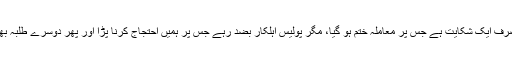
ہمیں بتایا گیا تھا کہ یہ صرف ایک شکایت ہے جس پر معاملہ ختم ہو گیا، مگر پولیس اہلکار بضد رہے جس پر ہمیں احتجاج کرنا پڑا اور پھر دوسرے طلبہ بھی اس میں شامل ہو گئے۔